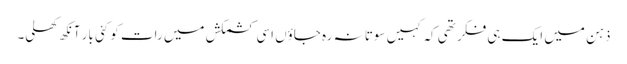
ذہن میں ایک ہی فکر تھی کہ کہیں سوتا نہ رہ جاؤں اسی کشمکش میں رات کو کئی بار آنکھ کھلی۔